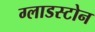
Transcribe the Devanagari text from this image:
ग्लाडस्टोन